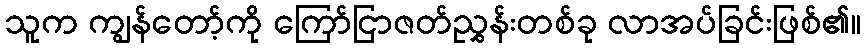
သူက ကျွန်တော့်ကို ကြော်ငြာဇတ်ညွှန်းတစ်ခု လာအပ်ခြင်းဖြစ်၏။